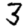
Digit: 3